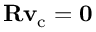
\mathbf { R } { \mathbf { v } _ { \mathrm { c } } } = \mathbf { 0 }